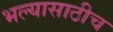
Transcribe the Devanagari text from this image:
भल्यासाठीच